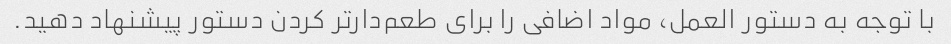
با توجه به دستور العمل، مواد اضافی را برای طعم‌دارتر کردن دستور پیشنهاد دهید.